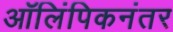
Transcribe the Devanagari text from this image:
ऑलिंपिकनंतर